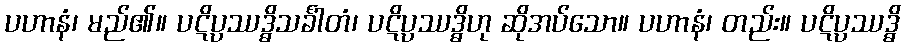
ပဟာနံ၊ မည်၏။ ပဋိပ္ပဿဒ္ဓိသင်္ခါတံ၊ ပဋိပ္ပဿဒ္ဓိဟု ဆိုအပ်သော။ ပဟာနံ၊ တည်း။ ပဋိပ္ပဿဒ္ဓိ